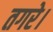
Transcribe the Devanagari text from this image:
तगरे।